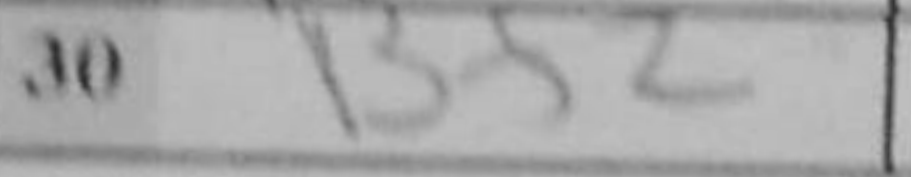
Transcription: Bf2